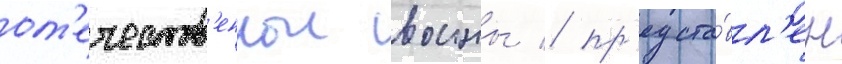
от'ечеств'еннои воины / пр'едста́вл'ен